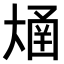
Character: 𫯴